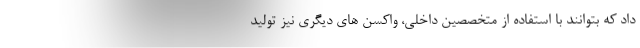
داد که بتوانند با استفاده از متخصصین داخلی، واکسن های دیگری نیز تولید